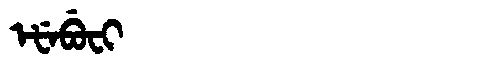
Manchu: ᡝᡶᡝᠪᡠᠸᡳ
Romanization: EFEBUFI